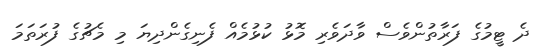
ދެ ޓީމުގެ ފަރާތުންވެސް ވާދަވެރި މޮޅު ކުޅުމެއް ފެނިގެންދިޔަ މި މެޗުގެ ފުރަތަމަ